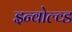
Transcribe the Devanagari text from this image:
इन्वोल्व्ड